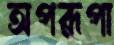
অপরূপা